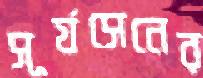
সূর্যসেনের